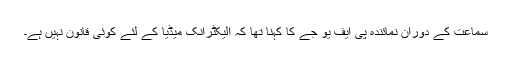
سماعت کے دوران نمائندہ پی ایف یو جے کا کہنا تھا کہ الیکٹرانک میڈیا کے لئے کوئی قانون نہیں ہے۔